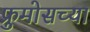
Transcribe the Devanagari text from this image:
फ्रुमोसच्या